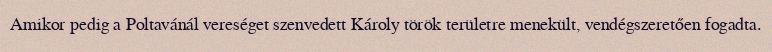
Amikor pedig a Poltavánál vereséget szenvedett Károly török területre menekült, vendégszeretően fogadta.